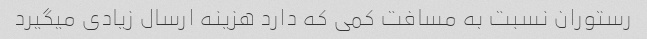
رستوران نسبت به مسافت کمی که دارد هزینه ارسال زیادی میگیرد